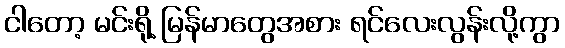
ငါတော့ မင်းရို့ မြန်မာတွေအစား ရင်လေးလွန်းလို့ကွာ